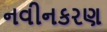
નવીનકરણ